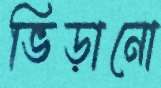
ভিড়ানো